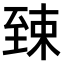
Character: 𫇎